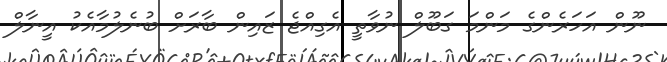
ނޫން އަހަރެންގެ މަންމަ ގަބޫލް ނުވާތީ އެގިއްޖެ ޒައިން ބާރަށް ބުނެލުމާއެކު އީނާލް